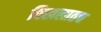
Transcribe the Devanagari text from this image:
चिखलातच